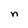
Character: n